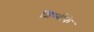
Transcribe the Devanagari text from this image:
शिष्योंके